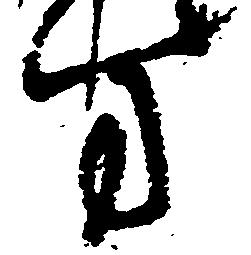
方